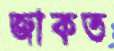
জাকত